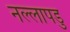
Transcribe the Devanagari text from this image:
नल्‍लापडु